Medical and sanitary report of the native army of Madras for the year
Year: 1877
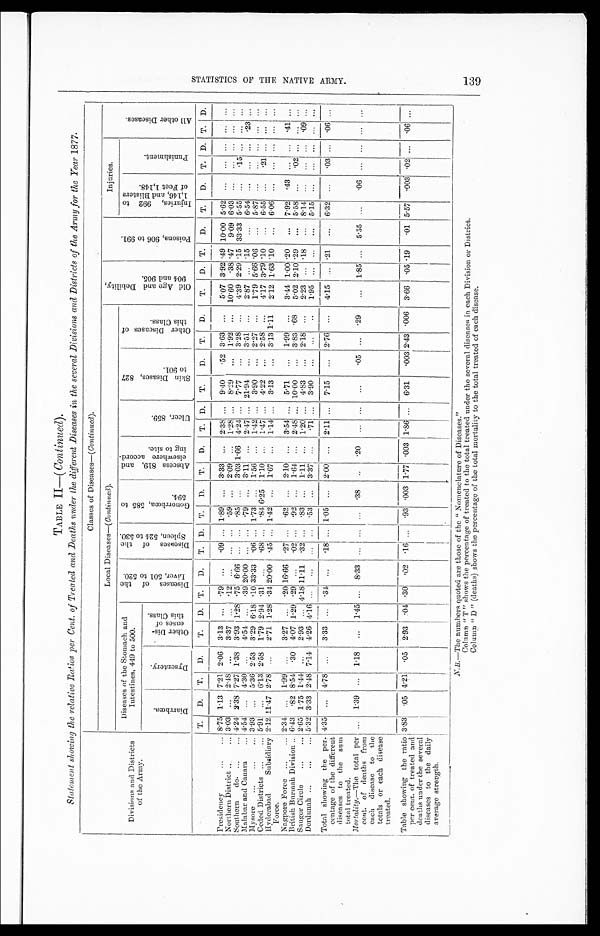
TABLE II—(
Continued ).
Statement showing the relative Ratios per Cent. of Treated and Deaths under the different Diseases in the several Divisions and Districts of the Army for the Year 1877.
Divisions and Districts
of the Army.
Classes of Diseases-( Continued).
Local Diseases-( Continuied ).
O l d A g e a n d D e b i l i t y , 9 0 4 a n d 9 0 5 .
P o i s o n s , 9 0 6 t o 9 9 1 .
Injaries.
A l l o t h e r D i s e a s e s .
Diseases of the Stomach and
Intestines, 449 to 500.
D i s e a s e s o f t h e L i v e r , 5 0 1 t o 5 2 0 .
D i s e a s e s o f t h e S p l e e n , 5 2 4 t o 5 3 0 .
G o n o r r h œ , 5 8 5 t o 5 9 4 .
A b s c e s s 8 1 9 , a n d e l s e w h e r e a c c o r d - i n g t o s i t e .
U l c e r , 8 5 9 .
S k i n D i s a s e s , 8 2 7 t o 9 0 1 .
O t h e r D i s e a s e s o f t h i s C l a s s .
I n j u r i e s , 9 9 2 t o 1 , 1 4 6 , a n d B l i s t e r s o f F e e t 1 , 1 4 8 .
P u n i s l i m e n t .
D i a r r h œ a .
D y s e n t e r y .
O t h e r D i s - e a s e s o f t h i s C l a s s .
T.
D.
T.
D.
T
D. T.
D.
T.
D.
T.
D.
T.
D.
T.
D.
T.
D.
T.
D.
T.
D.
T.
D.
T.
D.
T.
D.
T.
D.
Presidency . . . 8.75 1.13
7.21
2.06
3.13
. . . .79
. . .
.09
. . . 1.89
. . . 3.33
. . . 2.38
. . .
9.40 .52 3.63
. . .
5.07 3.92 .49 10.00 5.62
. . .
. . .
. . .
. . .
. . .
Northern District . . . 3.03 . . .
2.48
. . .
3.37
. . .
.12
. . .
. . .
. . .
.59
. . . 2.09
. . . 1.28
. . .
8.29
. . . 1.92
. . .
10.60
.38 .47
9.09 6.03
. . .
. . .
. . .
. . .
. . .
Southern do. . . . 4.24 2.38 7.27 1.38
3.93 1.28 .75 6.66
. . .
. . .
.85
. . . 3.03
1 . 6 6
4.24
. . .
7.77
. . . 3.28
. . .
4.39 2.29 .15 33.33 5.55
. . .
. . .
. . .
. . .
. . .
Malabar and Canara . . . 4.54
. . .
4.30
. . .
4.54
. . . .39 20.00
. . .
. . .
.79
. . . 3.11
. . . 2.47
. . . 21.94
. . . 3.51
. . .
2.87
. . . .15
. . .
6.54
. . .
. . .
. . .
.23
. . .
Mysore . . . 3.93
. . .
5.36 2.53
3.29 6.18 .10 33.33
.06
. . . 1.73
. . . 1.56
. . . 1.42
. . .
3.90
. . . 2.27
. . .
1.79 5.66 .06
. . .
5.87
. . .
. . .
. . .
. . .
. . .
Ceded Districts. . . 5.91
. . .
6.13 2.58
1.79 2.94 .31
. . .
.68
. . .
. 8 4 6.25
1.10
. . . 1.47
. . . 4.22
. . . 2.58
. . .
4.17 3.79 .10
. . .
6.55
. . .
.21
. . .
. . .
. . .
Hyderabad Subsidiary
Force.
2.12 11.47 2.78
. . .
2.71 1.28
. 3 4
20.00
.45
. . . 1.42
. . . 1.67 . . .
1.14
. . .
3.13
. . .
3 . 1 3
1.11
2.12 1.63
. 1 0
. . .
6.06
. . .
. . .
. . .
. . .
. . .
Nagpore Force . . . 2.34
. . .
1.99
. . .
3.27
. . .
20 16.66
.27
. . .
.62
. . . 2.10
. . . 3.54
. . .
5.71
. . . 1.99
. . .
3.44 1.001
. 2 0
. . .
7.92
. 4 3
. . .
. . .
.41
. . .
British Burmah Division . . . 6.43
.82 8.51
.30
4.07 1.29
29
. . .
02
. . .
.92
. . . 1.64 . . .
2.48
. . . 10.00
. . . 3.83 .68
5.02 2.10 .29
. . .
5.58
. . .
.02
. . .
. . .
. . .
Saugor Circle . . . 2.65 1.75 1.44
. . .
2.93
. . . 4.18 11.11
.32
. . .
.83
. . . 1.11
. . . 1.20
. . .
4.83
. . . 2.18
. . .
2.23
. . . .18
. . .
8.14
. . .
. . .
. . .
.09
. . .
Dordunah . . . 5.32 3.33 2.48 7.14
4.26 4.16
. . .
. . .
. . .
. . .
.53
. . . 3.37
. . . .71
. . .
3.90
. . .
. . .
. . .
1.95
. . .
. . .
. . .
5.15
. . .
. . .
. . .
. . .
. . .
Total showing the per-
centage of the different
diseases to the sum
total treated.
4.35
. . .
4.78
. . .
3.33
. . .
.34
. . .
.18
. . . 1.05
. . . 2.00
. . . 2.11
. . .
7.15
. . . 2.76
. . .
4.15
. . . .21
. . .
6.32
. . .
.03
. . .
.06
. . .
Mortality. -The total per
cent. of dea
ths from each disease to the
totals or each disease
treated.
. . .
1.39
. . .
1.18
. . .
1.45
. . .
8.33
. . .
. . .
. . .
.38
. . .
.20
. . .
. . .
. . .
. 0 5
. . .
.29
. . .
1.85
. . .
5.55
. . .
. 06
. . .
. . .
. . .
. . .
Table showing the ratio
per cent. of treated and
deaths under the several
diseases to the daily
average strength.
3.83
.05 4.21
.05
2.93
.04 .30
.02
.16
. . .
. 9 3 .003 1.77 .003 1.86
. . .
6.31
. 0 0 3 2.43 .006
3.66
.05 .19
. 01 5.57
. 003
.02
. . .
.06
. . .
N . B
. — T h e n u m b e r s q u o t e d a r e t h o s e o f t h e " N o m e n c l a t u r e o f D i s e a s e s . "
Column " T " shows the percentage of treated to the total treated under the several diseases in each Division or District.
Column " D " (deaths) shows the percentage of the total mortality to the total treated of each disease.